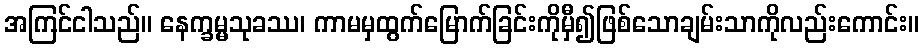
အကြင်ငါသည်။ နေက္ခမ္မသုခဿ၊ ကာမမှထွက်မြောက်ခြင်းကိုမှီ၍ဖြစ်သောချမ်းသာကိုလည်းကောင်း။